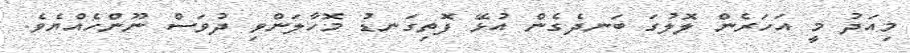
މިއަދު މީ އަހަރެން ލޮލުގަ ބަނދެގެން އުޅޭ ފޮތިގަނޑު މޮހާލަންވި ދުވަސް ނޫންހެއްޔެވެ.